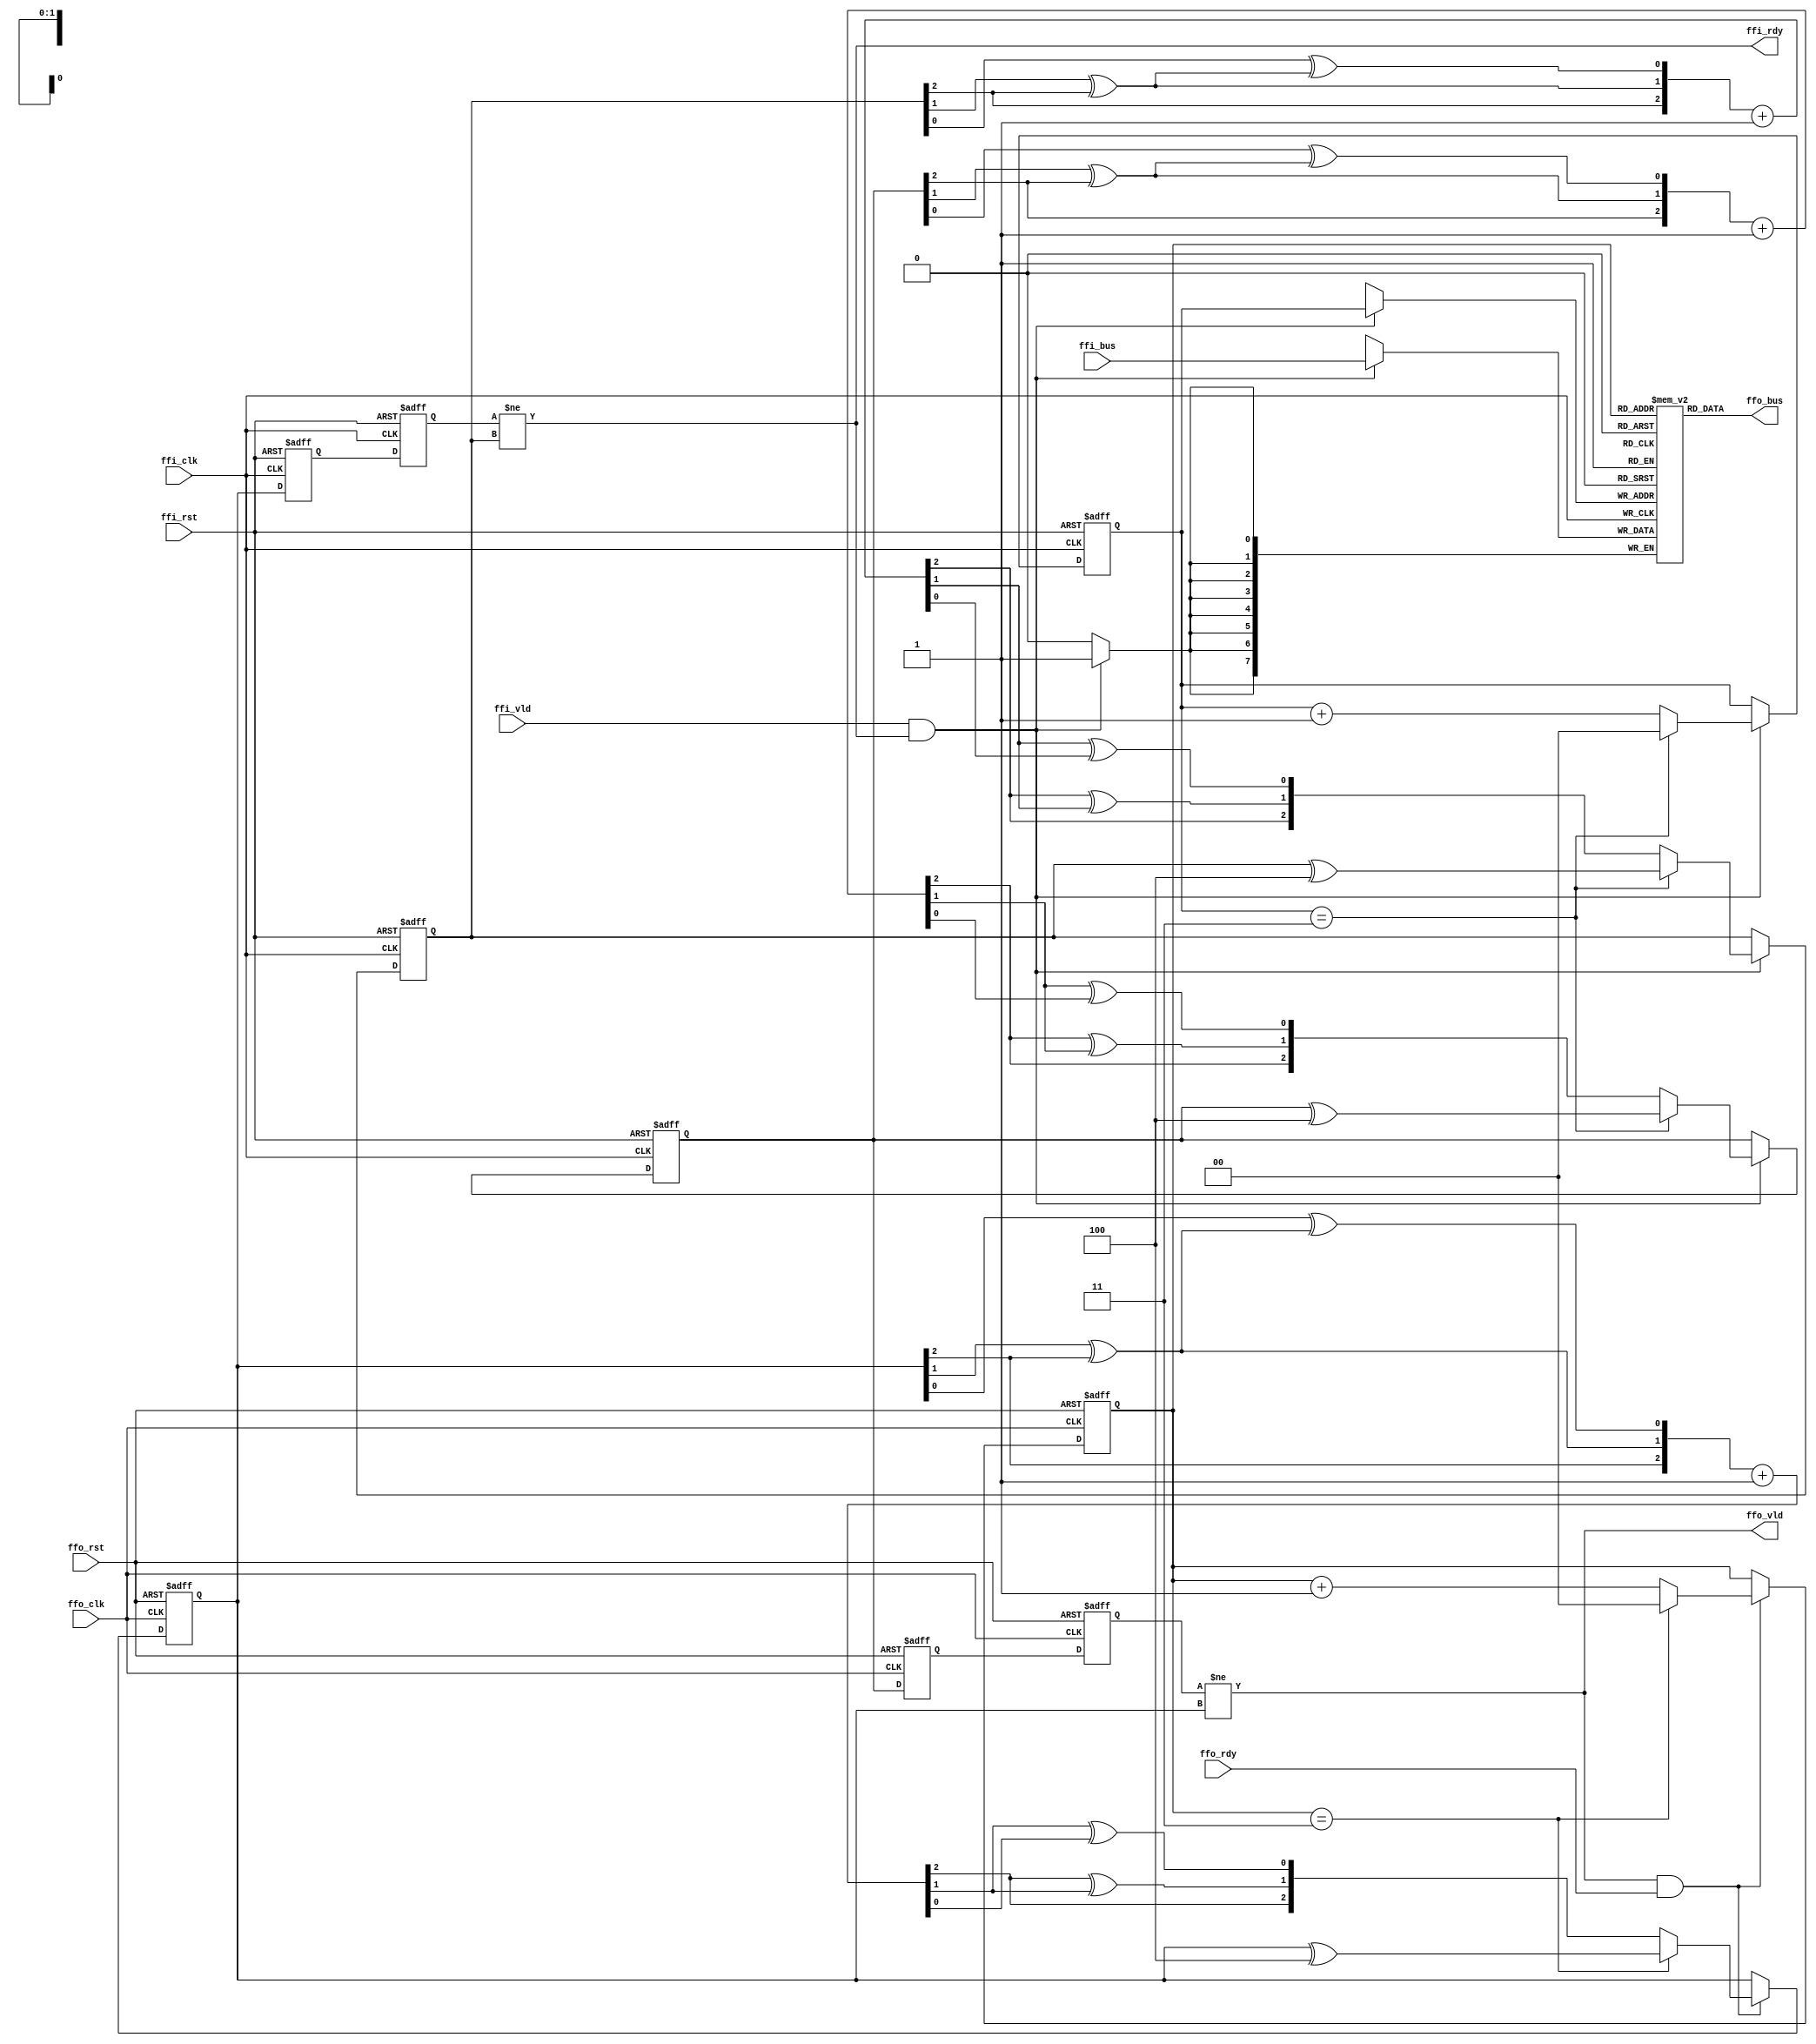
////////////////////////////////////////////////////////////////////////////////
//                                                                            //
//  CDC (clock domain crossing) general purpose FIFO with gray counter        //
//                                                                            //
//  Copyright (C) 2011  Iztok Jeras                                           //
//                                                                            //
////////////////////////////////////////////////////////////////////////////////
//                                                                            //
//  This RTL is free hardware: you can redistribute it and/or modify          //
//  it under the terms of the GNU Lesser General Public License               //
//  as published by the Free Software Foundation, either                      //
//  version 3 of the License, or (at your option) any later version.          //
//                                                                            //
//  This RTL is distributed in the hope that it will be useful,               //
//  but WITHOUT ANY WARRANTY; without even the implied warranty of            //
//  MERCHANTABILITY or FITNESS FOR A PARTICULAR PURPOSE.  See the             //
//  GNU General Public License for more details.                              //
//                                                                            //
//  You should have received a copy of the GNU General Public License         //
//  along with this program.  If not, see <http://www.gnu.org/licenses/>.     //
//                                                                            //
////////////////////////////////////////////////////////////////////////////////

////////////////////////////////////////////////////////////////////////////////
//                                                                            //
// Handshaking protocol:                                                      //
//                                                                            //
// Both the input and the output port employ the same handshaking mechanism.  //
// The data source sets the valid signal (*_vld) and the data drain confirms  //
// the transfer by setting the ready signal (*_rdy).                          //
//                                                                            //
//            --------   vld   -----------------   vld   --------             //
//            )    S | ------> | D           S | ------> | D    (             //
//            (    R |         | R    CDC    R |         | R    )             //
//            )    C | <------ | N           C | <------ | N    (             //
//            --------   rdy   -----------------   rdy   --------             //
//                                                                            //
////////////////////////////////////////////////////////////////////////////////

module async_fifo #(
  // size parameters
  parameter DW = 8,              // data width
  parameter FF = 4,              // FIFO depth
  // implementation parameters
  parameter SS = 2,              // synchronization stages
  parameter OH = 0,              // counter type (0 - binary, 1 - one hot)
  // interface parameters
  parameter RI = 8,              // registered input  data
  parameter RO = 8               // registered output data
)(
  // input port
  input  wire          ffi_clk,  // clock
  input  wire          ffi_rst,  // reset
  input  wire [DW-1:0] ffi_bus,  // data
  input  wire          ffi_vld,  // valid
  output wire          ffi_rdy,  // ready
  // output port
  input  wire          ffo_clk,  // clock
  input  wire          ffo_rst,  // reset
  output wor  [DW-1:0] ffo_bus,  // data
  output wire          ffo_vld,  // valid
  input  wire          ffo_rdy   // ready
);

localparam CW = $clog2(FF)+1;    // counter width

////////////////////////////////////////////////////////////////////////////////
// gray code related functions
////////////////////////////////////////////////////////////////////////////////

// conversion from integer to gray
function automatic [CW-1:0] int2gry (input [CW-1:0] val);
  integer i;
begin
  for (i=0; i<CW-1; i=i+1)  int2gry[i] = val[i+1] ^ val[i];
  int2gry[CW-1] = val[CW-1];
end
endfunction

// conversion from gray to integer
function automatic [CW-1:0] gry2int (input [CW-1:0] val);
  integer i;
begin
  gry2int[CW-1] = val[CW-1];
  for (i=CW-1; i>0; i=i-1)  gry2int[i-1] = val[i-1] ^ gry2int[i];
end
endfunction

// gray increment (with conversion into integer and back to gray)
function automatic [CW-1:0] gry_inc (input [CW-1:0] gry_gry); 
begin
  gry_inc = int2gry (gry2int (gry_gry) + 'd1);
end
endfunction

////////////////////////////////////////////////////////////////////////////////
// local signals                                                              //
////////////////////////////////////////////////////////////////////////////////

// input port
wire          ffi_trn;           // transfer
wire          ffi_end;           // counter end
reg  [CW-1:0] ffi_ref;           // counter gray reference
reg  [CW-1:0] ffi_gry;           // counter gray
reg  [CW-1:0] ffi_syn [SS-1:0];  // synchronization

// CDC FIFO memory
reg  [DW-1:0] cdc_mem [0:FF-1];

// output port
wire          ffo_trn;           // transfer
wire          ffo_end;           // counter end
reg  [CW-1:0] ffo_gry;           // counter gray
reg  [CW-1:0] ffo_syn [SS-1:0];  // synchronization

// generate loop index
genvar i;

////////////////////////////////////////////////////////////////////////////////
// input port control/status logic                                            //
////////////////////////////////////////////////////////////////////////////////

// transfer
assign ffi_trn = ffi_vld & ffi_rdy;

// synchronization
generate for (i=0; i<SS; i=i+1) begin : ffi_cdc
  if (i==0) begin
    always @ (posedge ffi_clk, posedge ffi_rst)
    if (ffi_rst)  ffi_syn [i] <= {CW{1'b0}};
    else          ffi_syn [i] <= ffo_gry;
  end else begin
    always @ (posedge ffi_clk, posedge ffi_rst)
    if (ffi_rst)  ffi_syn [i] <= {CW{1'b0}};
    else          ffi_syn [i] <= ffi_syn [i-1];
  end
end endgenerate

// counter gray
always @ (posedge ffi_clk, posedge ffi_rst)
if (ffi_rst)       ffi_gry <= {CW{1'b0}};
else if (ffi_trn)  ffi_gry <= ffi_end ? ffi_gry ^ {1'b1,{CW-1{1'b0}}} : gry_inc (ffi_gry);

// counter gray reference
always @ (posedge ffi_clk, posedge ffi_rst)
if (ffi_rst)       ffi_ref <= int2gry(-FF);
else if (ffi_trn)  ffi_ref <= ffi_end ? ffi_ref ^ {1'b1,{CW-1{1'b0}}} : gry_inc (ffi_ref);

// status
assign ffi_rdy = ffi_syn [SS-1] != ffi_ref;

////////////////////////////////////////////////////////////////////////////////
// input port data/memory logic                                               //
////////////////////////////////////////////////////////////////////////////////

generate if (OH) begin : ffi_mem

  // one hot counter
  reg  [FF-1:0] ffi_cnt;

  // counter end
  assign ffi_end = ffi_cnt [FF-1];

  // counter binary
  always @ (posedge ffi_clk, posedge ffi_rst)
  if (ffi_rst)       ffi_cnt <= 'b1;
  else if (ffi_trn)  ffi_cnt <= ffi_end ? 'b1 : ffi_cnt << 1;

  // data memory
  for (i=0; i<FF; i=i+1) begin
    always @ (posedge ffi_clk)
    if (ffi_trn & ffi_cnt [i]) cdc_mem [i] <= ffi_bus;
  end

end else begin : ffi_mem

  // binary counter
  reg  [CW-2:0] ffi_cnt;

  // counter end
  assign ffi_end = ffi_cnt == (FF-1);

  // counter binary
  always @ (posedge ffi_clk, posedge ffi_rst)
  if (ffi_rst)       ffi_cnt <= 'b0;
  else if (ffi_trn)  ffi_cnt <= ffi_end ? 'b0 : ffi_cnt + 'b1;

  // data memory
  always @ (posedge ffi_clk)
  if (ffi_trn) cdc_mem [ffi_cnt] <= ffi_bus;

end endgenerate

////////////////////////////////////////////////////////////////////////////////
// output port data/memory logic                                              //
////////////////////////////////////////////////////////////////////////////////

generate if (OH) begin : ffo_mem

  // one hot counter
  reg  [FF-1:0] ffo_cnt;

  // counter end
  assign ffo_end = ffo_cnt [FF-1];

  // counter one hot
  always @ (posedge ffo_clk, posedge ffo_rst)
  if (ffo_rst)       ffo_cnt <= 'b1;
  else if (ffo_trn)  ffo_cnt <= ffo_end ? 'b1 : ffo_cnt << 1;

  // asynchronous output data
  for (i=0; i<FF; i=i+1) begin
    assign ffo_bus = ffo_cnt [i] ? cdc_mem [i] : {DW{1'b0}};
  end

end else begin : ffo_mem

  // one hot counter
  reg  [CW-2:0] ffo_cnt;

  // counter end
  assign ffo_end = ffo_cnt == (FF-1);

  // counter one hot
  always @ (posedge ffo_clk, posedge ffo_rst)
  if (ffo_rst)       ffo_cnt <= 'b0;
  else if (ffo_trn)  ffo_cnt <= ffo_end ? 'b0 : ffo_cnt + 'b1;

  // asynchronous output data
  assign ffo_bus = cdc_mem [ffo_cnt];

end endgenerate

////////////////////////////////////////////////////////////////////////////////
// output port control/status logic                                           //
////////////////////////////////////////////////////////////////////////////////

// transfer
assign ffo_trn = ffo_vld & ffo_rdy;

// synchronization
generate for (i=0; i<SS; i=i+1) begin : ffo_cdc
  if (i==0) begin
    always @ (posedge ffo_clk, posedge ffo_rst)
    if (ffo_rst)  ffo_syn [i] <= {CW{1'b0}};
    else          ffo_syn [i] <= ffi_gry;
  end else begin
    always @ (posedge ffo_clk, posedge ffo_rst)
    if (ffo_rst)  ffo_syn [i] <= {CW{1'b0}};
    else          ffo_syn [i] <= ffo_syn [i-1];
  end
end endgenerate

// counter gray
always @ (posedge ffo_clk, posedge ffo_rst)
if (ffo_rst)       ffo_gry <= {CW{1'b0}};
else if (ffo_trn)  ffo_gry <= ffo_end ? ffo_gry ^ {1'b1,{CW-1{1'b0}}} : gry_inc (ffo_gry);

// status
assign ffo_vld = ffo_syn [SS-1] != ffo_gry;

endmodule